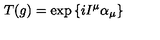
T ( g ) = \exp { \{ i I ^ { \mu } \alpha _ { \mu } \} }